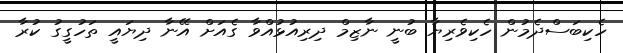
ހެކިބަސްދެމުން ހެކިވެރިޔާ ބުނީ ނާޒިމް ދިރިއުޅުއްވާ ގެއަށް އޭނާ ދިޔައީ ތަހުގީގު ކުރާ